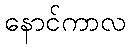
နောင်ကာလ